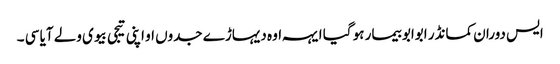
ایس دوران کمانڈر ابوابو بیمار ہو گیا ایہہ اوہ دیہاڑے جدوں او اپنی تیجی بیوی ولے آیا سی ۔